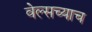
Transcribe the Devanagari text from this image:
वेल्सच्याच